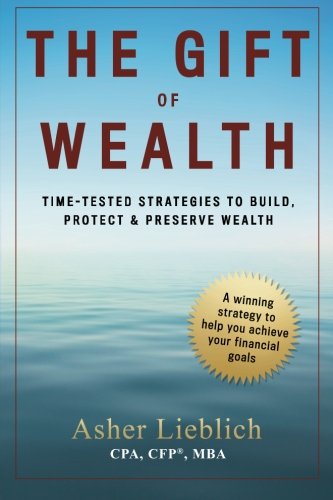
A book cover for The Gift of Wealth: Time-Tested Strategies to Build, Protect and Preserve Wealth; Asher Lieblich; Business & Money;